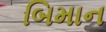
બિમાન